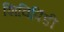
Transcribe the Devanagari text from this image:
शिविपिंडी